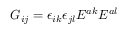
G _ { i j } = \epsilon _ { i k } \epsilon _ { j l } E ^ { a k } E ^ { a l }